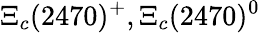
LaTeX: \Xi_{c}(2470)^{+},\Xi_{c}(2470)^{0}